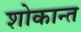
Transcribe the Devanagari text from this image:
शोकान्‍त